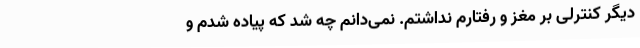
دیگر کنترلی بر مغز و رفتارم نداشتم. نمی‌دانم چه شد که پیاده شدم و